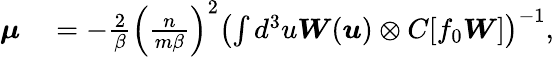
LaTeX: \begin{array}{rl}{\boldsymbol{\mu}}&{{}=-\frac{2}{\beta}\left(\frac{n}{m\beta}\right)^{2}\left(\int d^{3}u\boldsymbol{W}(\boldsymbol{u})\otimes C[f_{0}\boldsymbol{W}]\right)^{-1},}\end{array}